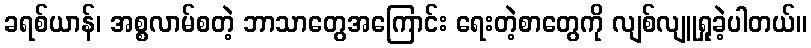
ခရစ်ယာန်၊ အစ္စလာမ်စတဲ့ ဘာသာတွေအကြောင်း ရေးတဲ့စာတွေကို လျစ်လျူရှုခဲ့ပါတယ်။